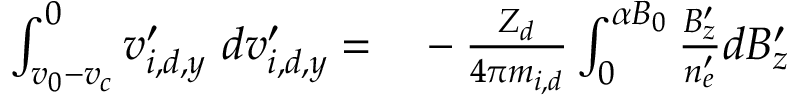
\begin{array} { r l } { \int _ { v _ { 0 } - v _ { c } } ^ { 0 } v _ { i , d , y } ^ { \prime } \ d v _ { i , d , y } ^ { \prime } = } & { { } - \frac { Z _ { d } } { 4 \pi m _ { i , d } } \int _ { 0 } ^ { \alpha B _ { 0 } } \frac { B _ { z } ^ { \prime } } { n _ { e } ^ { \prime } } d B _ { z } ^ { \prime } } \end{array}